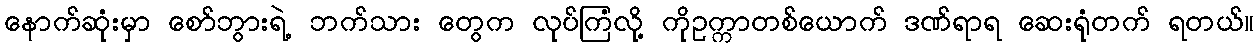
နောက်ဆုံးမှာ စော်ဘွားရဲ့ ဘက်သား တွေက လုပ်ကြံလို့ ကိုဥက္ကာတစ်ယောက် ဒဏ်ရာရ ဆေးရုံတက် ရတယ်။